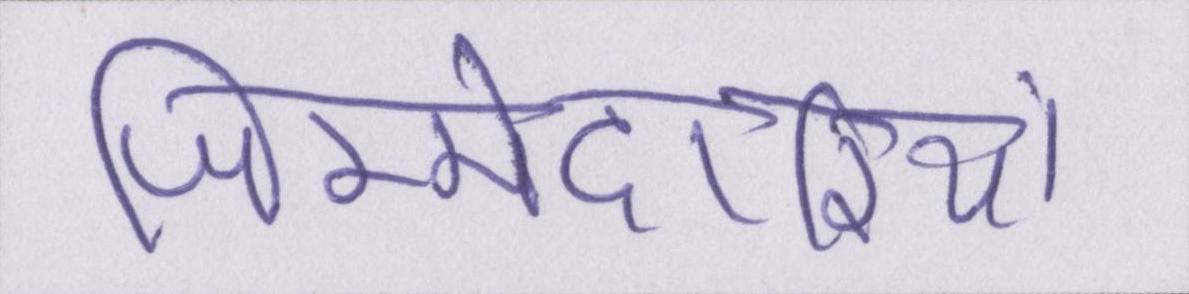
जिम्मेदारियां